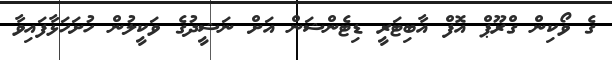
ގެ ވޯކިން ގްރޫޕް އޮފް އާބިޓަރީ ޑިޓެންޝަން އަށް ނަޝީދުގެ ވަކީލުން ހުށަހަޅާފައިވާ